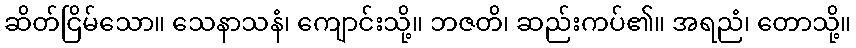
ဆိတ်ငြိမ်သော။ သေနာသနံ၊ ကျောင်းသို့။ ဘဇတိ၊ ဆည်းကပ်၏။ အရညံ၊ တောသို့။